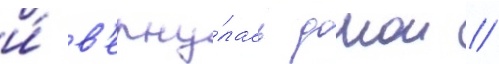
и́ в'ерну́лась домои //